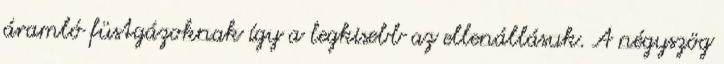
áramló füstgázoknak így a legkisebb az ellenállásuk. A négyszög